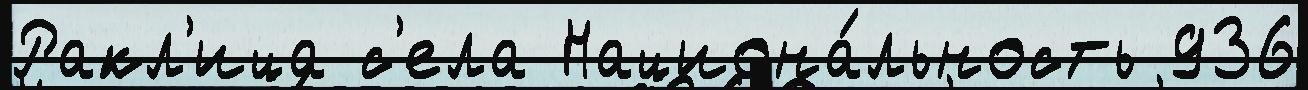
Ракл'ица с'ела Национа́льность 936